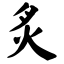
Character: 炙